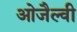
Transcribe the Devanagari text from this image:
ओजैल्वी